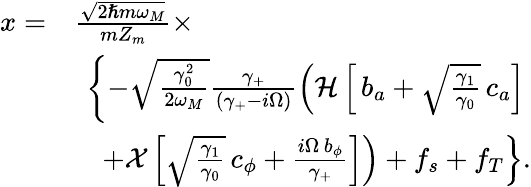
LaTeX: \begin{array}{rl}{x=}&{\frac{\sqrt{2\hslash m\omega_{M}}}{mZ_{m}}\times}\\ &{\ \left\{ -\sqrt\frac{\gamma_{0}^{2}}{2\omega_{M}}\frac{\gamma_{+}}{(\gamma_{+}-i\Omega)}\left({\mathcal{H}}\left[\, b_{a}+\sqrt\frac{\gamma_{1}}{\gamma_{0}}\, c_{a}\right]\right.\right.}\\ &{\quad\left.\left.+{\mathcal{X}}\left[\sqrt\frac{\gamma_{1}}{\gamma_{0}}\, c_{\phi}+\frac{i\Omega\, b_{\phi}}{\gamma_{+}}\right]\right)+f_{s}+f_{T}\right\} .}\end{array}